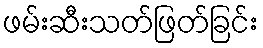
ဖမ်းဆီးသတ်ဖြတ်ခြင်း